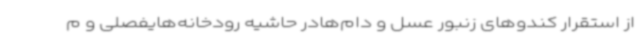
از استقرار کندوهای زنبور عسل و دام‌هادر حاشیه رودخانه‌هایفصلی و م